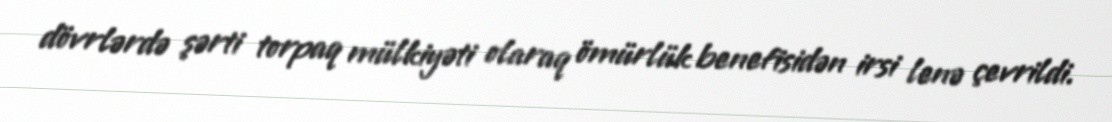
dövrlərdə şərti torpaq mülkiyəti olaraq ömürlük benefisidən irsi lenə çevrildi.